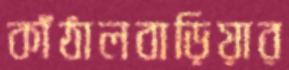
কাঁঠালবাড়িয়ার